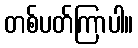
တစ်ပတ်ကြာပါ။